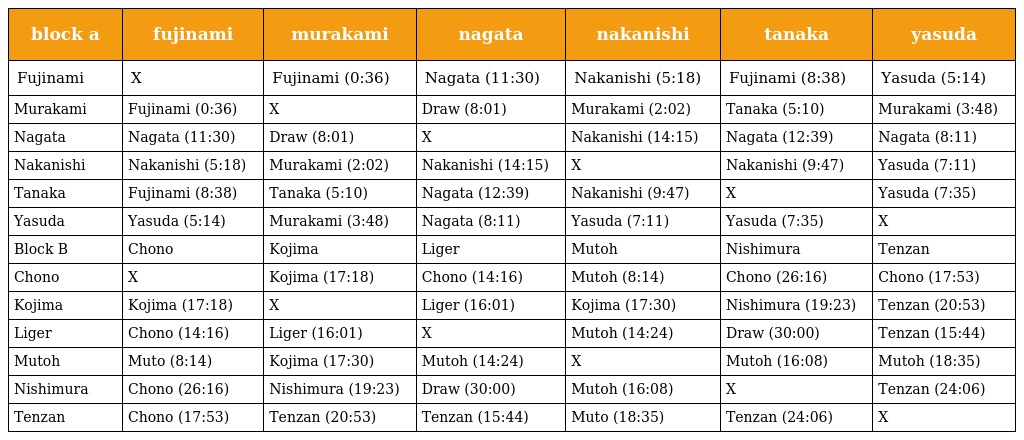
| block a | fujinami | murakami | nagata | nakanishi | tanaka | yasuda |
 | --- | --- | --- | --- | --- | --- | --- |
 | Fujinami | X | Fujinami (0:36) | Nagata (11:30) | Nakanishi (5:18) | Fujinami (8:38) | Yasuda (5:14) |
 | Murakami | Fujinami (0:36) | X | Draw (8:01) | Murakami (2:02) | Tanaka (5:10) | Murakami (3:48) |
 | Nagata | Nagata (11:30) | Draw (8:01) | X | Nakanishi (14:15) | Nagata (12:39) | Nagata (8:11) |
 | Nakanishi | Nakanishi (5:18) | Murakami (2:02) | Nakanishi (14:15) | X | Nakanishi (9:47) | Yasuda (7:11) |
 | Tanaka | Fujinami (8:38) | Tanaka (5:10) | Nagata (12:39) | Nakanishi (9:47) | X | Yasuda (7:35) |
 | Yasuda | Yasuda (5:14) | Murakami (3:48) | Nagata (8:11) | Yasuda (7:11) | Yasuda (7:35) | X |
 | Block B | Chono | Kojima | Liger | Mutoh | Nishimura | Tenzan |
 | Chono | X | Kojima (17:18) | Chono (14:16) | Mutoh (8:14) | Chono (26:16) | Chono (17:53) |
 | Kojima | Kojima (17:18) | X | Liger (16:01) | Kojima (17:30) | Nishimura (19:23) | Tenzan (20:53) |
 | Liger | Chono (14:16) | Liger (16:01) | X | Mutoh (14:24) | Draw (30:00) | Tenzan (15:44) |
 | Mutoh | Muto (8:14) | Kojima (17:30) | Mutoh (14:24) | X | Mutoh (16:08) | Mutoh (18:35) |
 | Nishimura | Chono (26:16) | Nishimura (19:23) | Draw (30:00) | Mutoh (16:08) | X | Tenzan (24:06) |
 | Tenzan | Chono (17:53) | Tenzan (20:53) | Tenzan (15:44) | Muto (18:35) | Tenzan (24:06) | X |